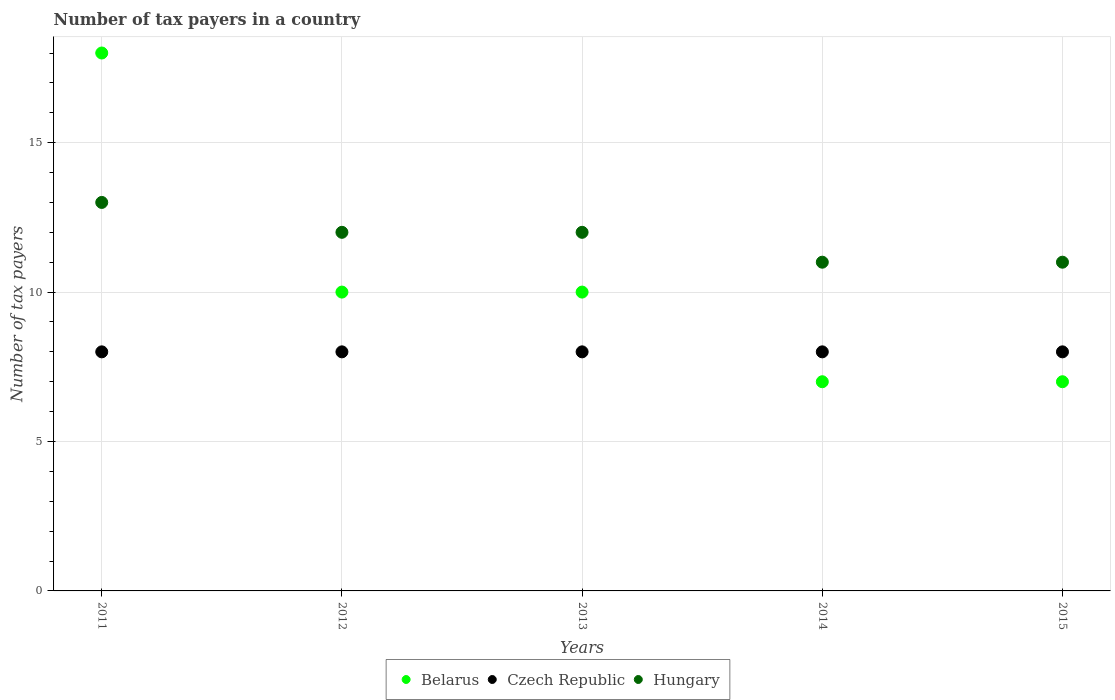
| Years | Belarus | Czech Republic | Hungary |
 | --- | --- | --- | --- |
 | 2011 | 18 | 8 | 13 |
 | 2012 | 10 | 8 | 12 |
 | 2013 | 10 | 8 | 12 |
 | 2014 | 7 | 8 | 11 |
 | 2015 | 7 | 8 | 11 |